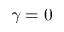
\gamma = 0